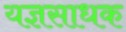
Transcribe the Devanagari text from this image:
यज्ञसाधक